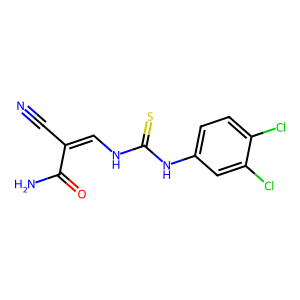
SMILES: N#CC(=CNC(=S)Nc1ccc(Cl)c(Cl)c1)C(N)=O
Inhibits HIV replication: No